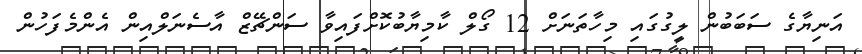
އަނިޔާގެ ސަބަބުން ލީގުގައި މިހާތަނަށް 12 ގޯލް ކާމިޔާބުކޮށްފައިވާ ސަންޗޭޒް އާސެނަލްއިން އެންމެފަހުން